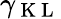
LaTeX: \gamma_{\mathrm{~K~L~}}